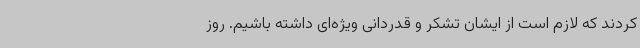
کردند که لازم است از ایشان تشکر و قدردانی ویژه‌ای داشته باشیم. روز